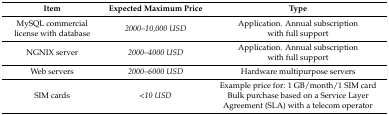
| Item | Expected Maximum Price | Type |
 | --- | --- | --- |
 | MySQL commercial license with database | 2000–10,000 USD | Application. Annual subscription with full support |
 | NGNIX server | 2000–4000 USD | Application. Annual subscription with full support |
 | Web servers | 2000–6000 USD | Hardware multipurpose servers |
 | SIM cards | <10 USD | Example price for: 1 GB/month/1 SIM card Bulk purchase based on a Service Layer Agreement (SLA) with a telecom operator |